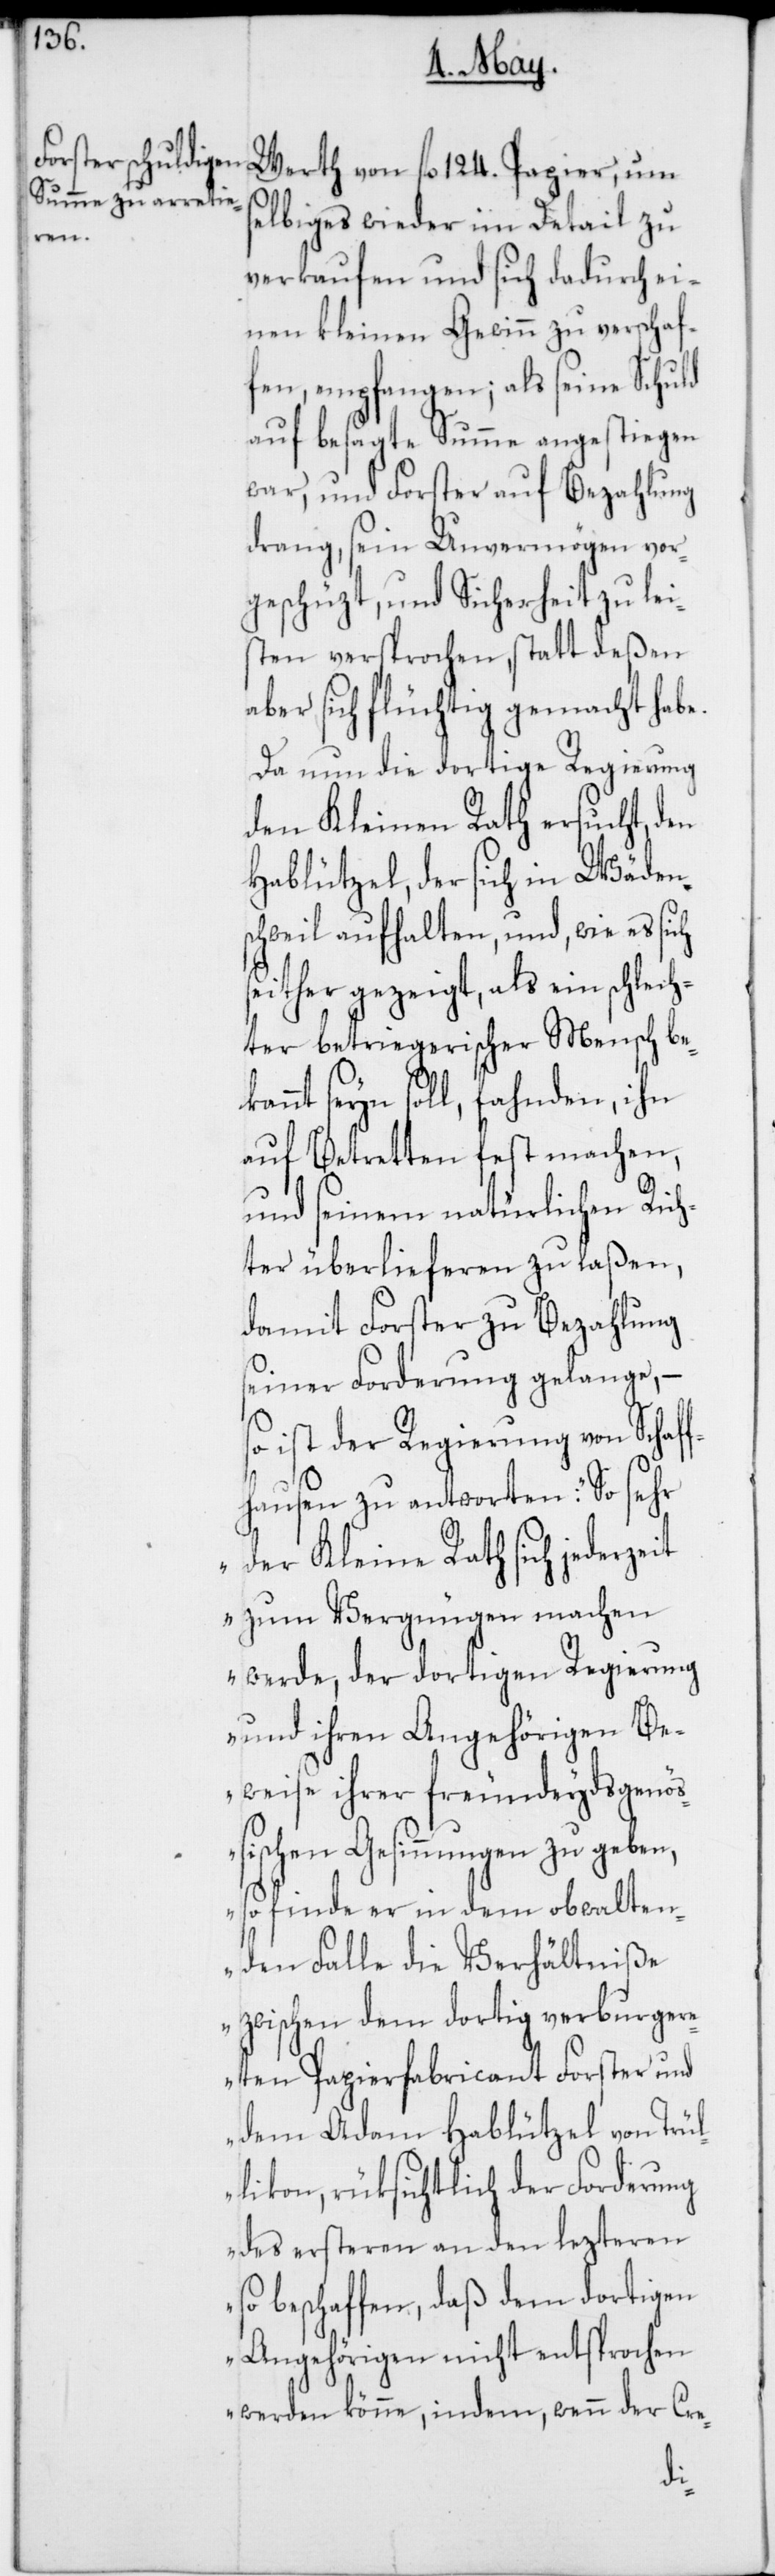
kan¬

Werth von fl. 124. Papier, um
selbiges wieder im Detail zu
verkaufen und sich dadurch ei¬
nen kleinen Gewinn zu verschaf¬
fen, empfangen; als seine Schuld
auf besagte Summe angestiegen
war, und Forster auf Bezahlung
drang, sein Unvermögen vor¬
geschützt, und Sicherheit zu lei¬
sten versprochen, statt deßen
aber sich flüchtig gemacht habe.
Da nun die dortige Regierung
den Kleinen Rath ersucht, den
Hablützel, der sich in Wäden¬
schweil aufhalten, und, wie es sich
seither gezeigt, als ein schlech¬
ter betriegerischer Mensch be¬
nt seyn soll, fahnden, ihn
auf Betretten fest machen,
und seinem natürlichen Rich¬
ter überlieferen zu laßen,
damit Forster zu Bezahlung
seiner Forderung gelange, –
so ist der Regierung von Schaf¬
fhausen zu antworten: „So sehr
der Kleine Rath sich jederzeit
zum Vergnügen machen
werde, der dortigen Regierung
und ihren Angehörigen Be¬
weise ihrer freundeydsgenöß¬
ischen Gesinnungen zu geben,
so finde er in dem obwalten¬
den Falle die Verhältniße
zwischen dem dortig verburger¬
eten Papierfabricant Forster und
dem Adam Hablützel von Trül¬
likon, rücksichtlich der Forderung
des ersteren an den lezteren
so beschaffen, daß dem dortigen
Angehörigen nicht entsprochen
werden könne, indem, wenn der Cre-